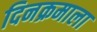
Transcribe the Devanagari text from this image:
दिनक्रमाला